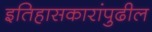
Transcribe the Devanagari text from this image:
इतिहासकारांपुढील